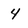
Character: 4